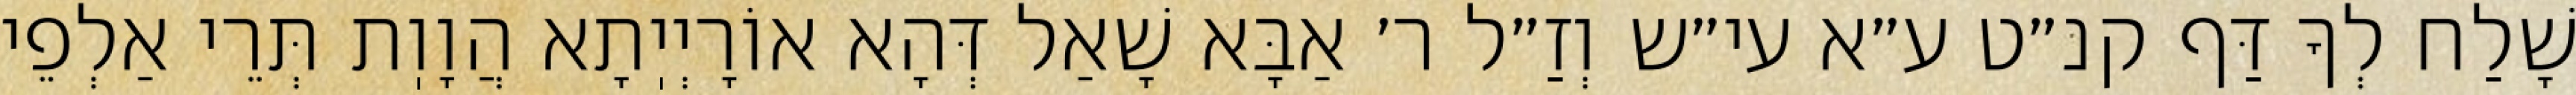
שָׁלַח לְךָ דַּף קנ״ט ע״א עי״ש וְזַ״ל ר׳ אַבָּא שָׁאַל דְּהָא אוֹרָיְיֽתָא הֲוָוֽת תְּרֵי אַלְפֵי